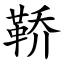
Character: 鞒